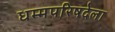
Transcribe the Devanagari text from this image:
धम्मपरिषदेला